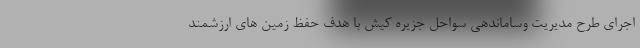
اجرای طرح مدیریت وساماندهی سواحل جزیره کیش با هدف حفظ زمین های ارزشمند